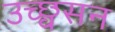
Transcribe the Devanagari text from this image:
उच्छ्वसन